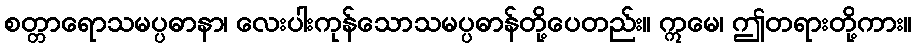
စတ္တာရောသမပ္ပဓာနာ၊ လေးပါးကုန်သောသမပ္ပဓာန်တို့ပေတည်း။ ဣမေ၊ ဤတရားတို့ကား။